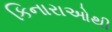
કિનારાઓથી